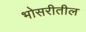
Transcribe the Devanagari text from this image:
भोसरीतील